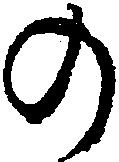
の